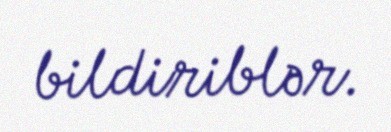
bildiriblər.